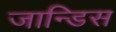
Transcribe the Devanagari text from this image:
जान्डिस